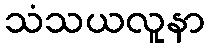
သံသယလူနာ